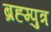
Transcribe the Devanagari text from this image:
ब्रह्म्पुत्र